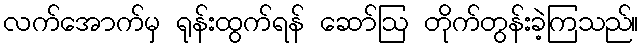
လက်အောက်မှ ရုန်းထွက်ရန် ဆော်ဩ တိုက်တွန်းခဲ့ကြသည်။